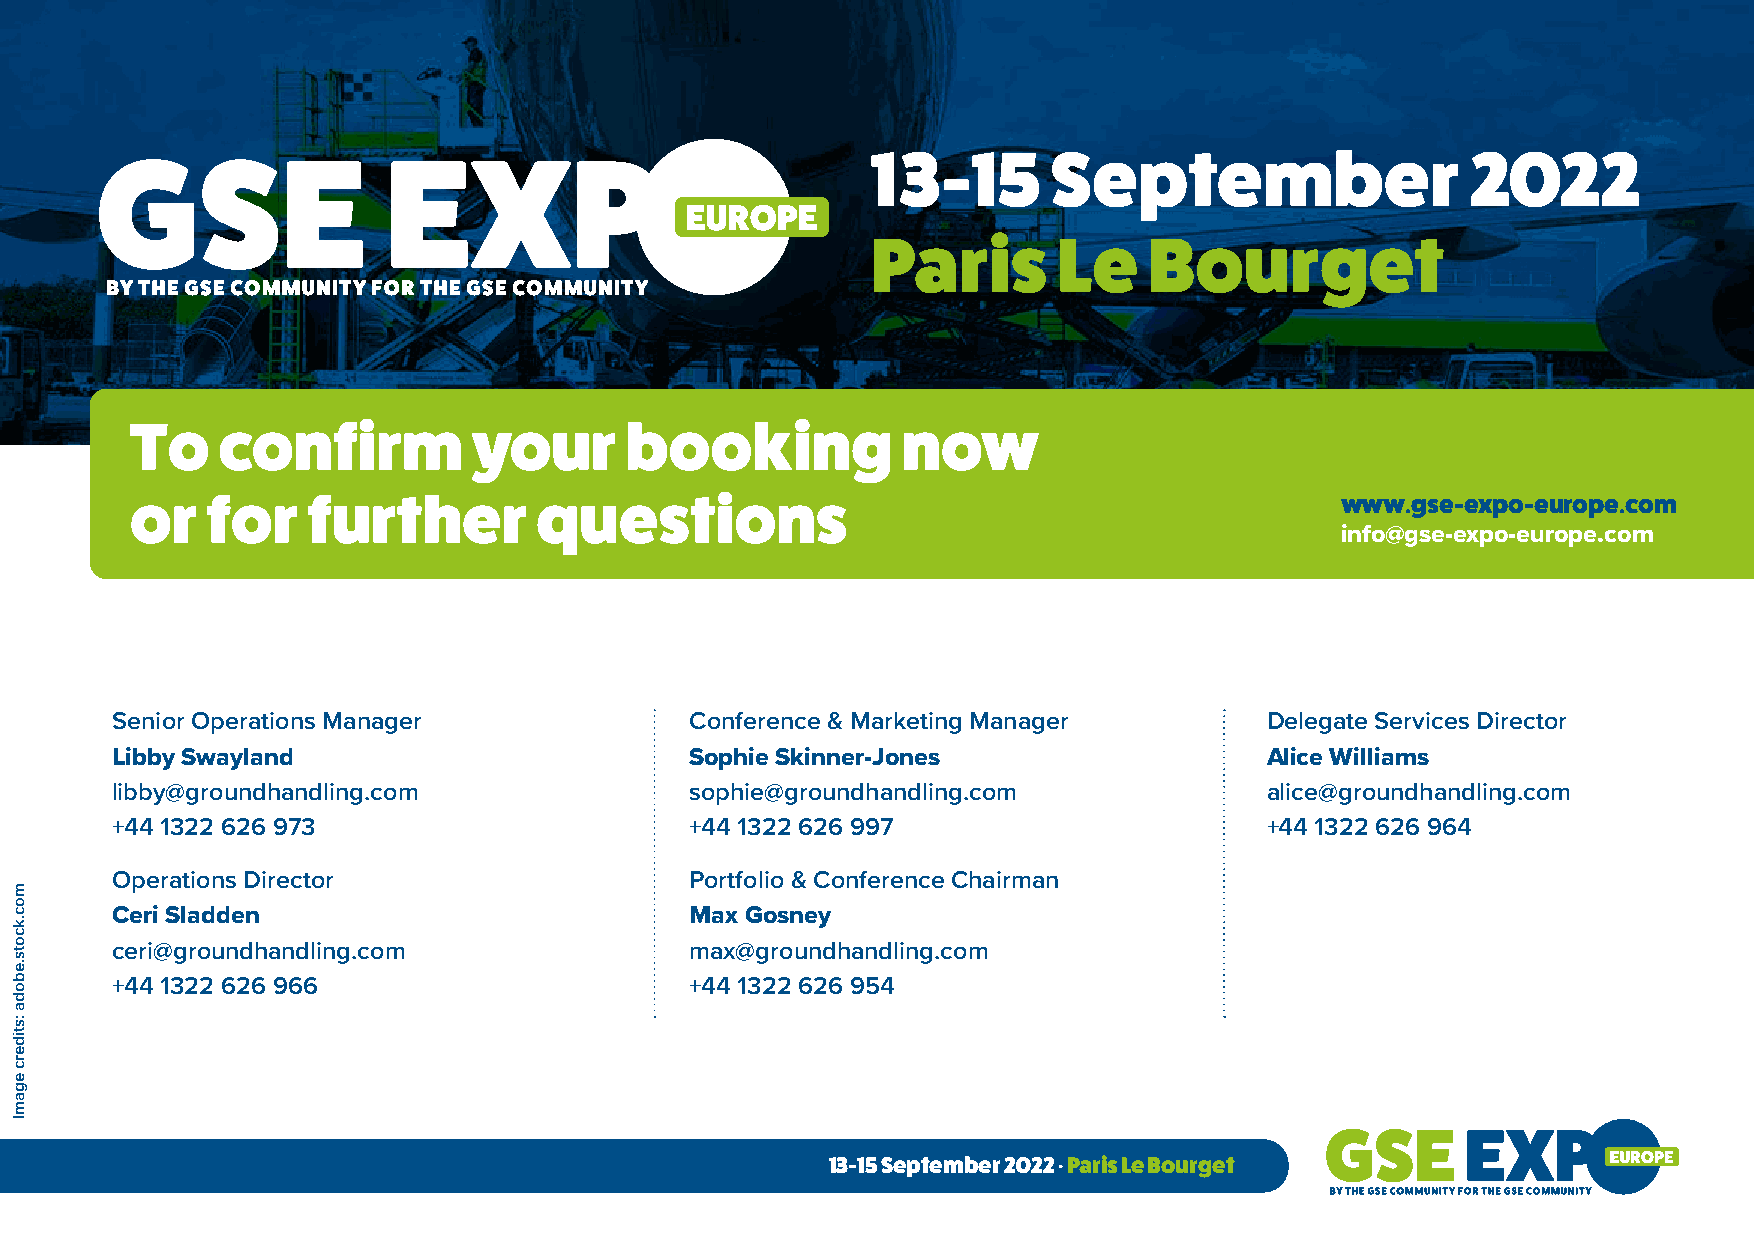
13-15       September                  2022
 Paris       Le    Bourget
 To   confirm          your      booking            now
 or   for   further        questions                                             www.gse-expo-europe.com
 info@gse-expo-europe.com
 Senior Operations Manager              Conference & Marketing Manager        Delegate Services Director
 Libby Swayland                         Sophie Skinner-Jones                  Alice Williams
 libby@groundhandling.com               sophie@groundhandling.com             alice@groundhandling.com
 +44 1322 626 973                       +44 1322 626 997                      +44 1322 626 964
 Operations Director                    Portfolio & Conference Chairman
 Ceri Sladden                           Max Gosney
 ceri@groundhandling.com                max@groundhandling.com
 +44 1322 626 966                       +44 1322 626 954
 13-15 September 2022 . Paris Le Bourget
 moc.kcots.eboda
 :stiderc
 egamI